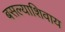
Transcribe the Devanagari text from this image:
बसल्याशिवाय